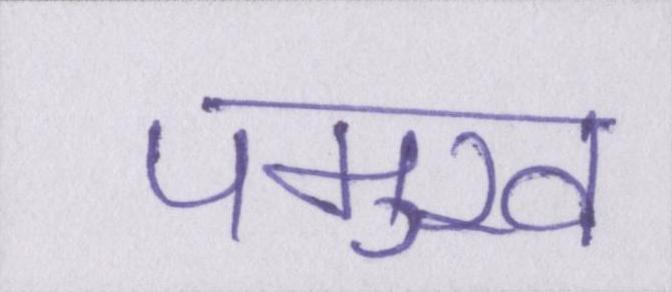
पमुख